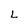
Character: L